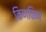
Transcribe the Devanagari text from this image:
किणकिण